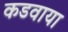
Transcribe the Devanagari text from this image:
कडवाया